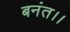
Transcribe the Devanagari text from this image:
बनंत।।